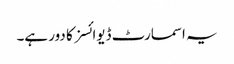
یہ اسمارٹ ڈیوائسز کا دور ہے۔